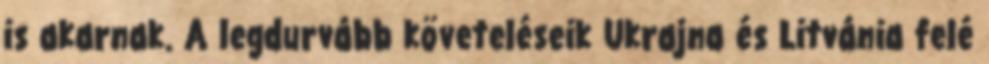
is akarnak. A legdurvább követeléseik Ukrajna és Litvánia felé